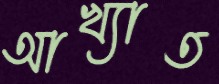
আখ্যাত